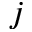
j